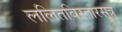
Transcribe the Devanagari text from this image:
ललितविस्तारसूत्र